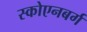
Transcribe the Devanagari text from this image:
स्कोएनबर्ग